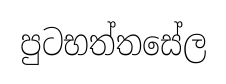
පුටභත්තසේල